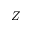
Z